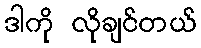
ဒါကို လိုချင်တယ်